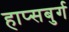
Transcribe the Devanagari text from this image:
हाप्सबुर्ग